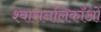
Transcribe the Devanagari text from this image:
श्वासनलिकाँओं